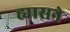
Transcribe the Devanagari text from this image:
ह्यासने